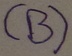
Text: (B)